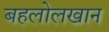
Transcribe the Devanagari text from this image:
बहलोलखान